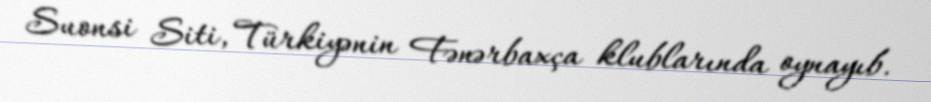
Suonsi Siti, Türkiyənin Fənərbaxça klublarında oynayıb.